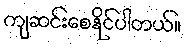
ကျဆင်းစေနိုင်ပါတယ်။